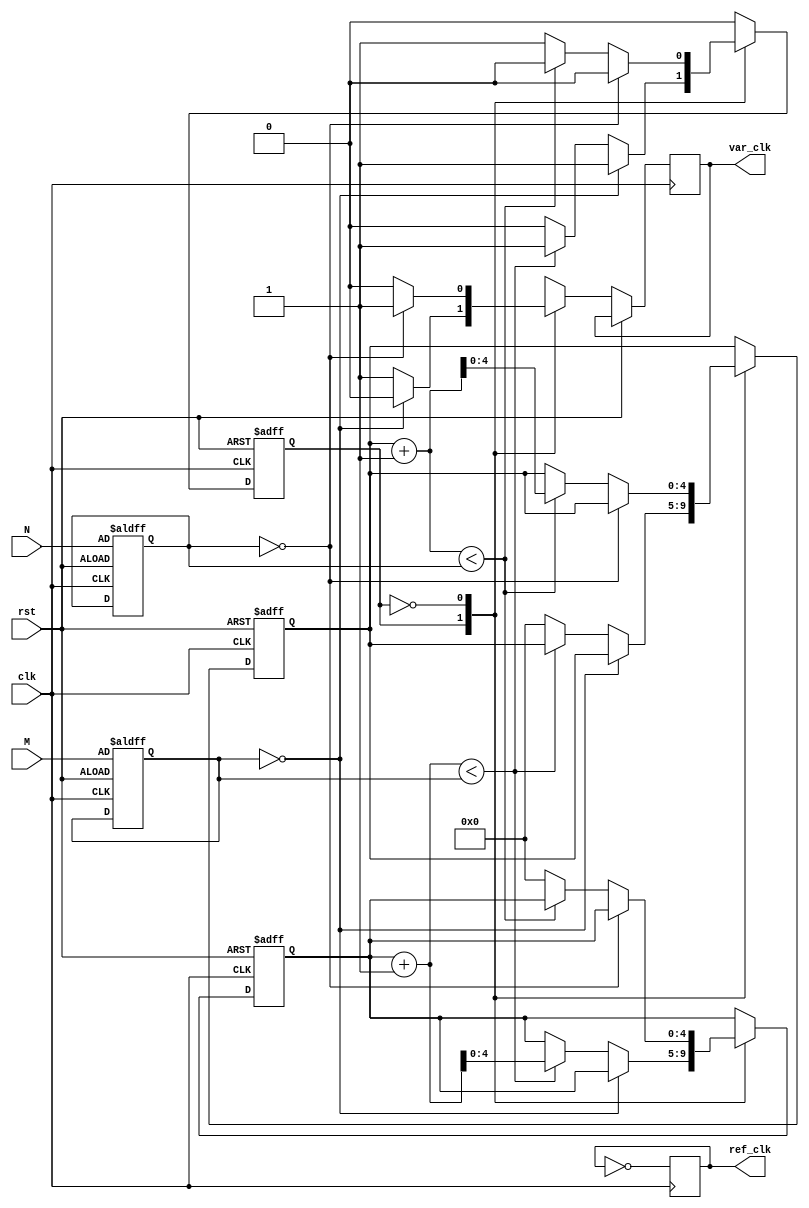
module assignment33(M,N,clk,rst,var_clk,ref_clk);
input [3:0]M;
input [3:0]N;
input clk;
input rst;
output reg var_clk;
output reg ref_clk='d0;

reg [3:0]tempM;
reg [3:0]tempN;
reg [4:0]counton='d0;
reg [4:0]countoff='d0;

reg state;
parameter ON='d1 ,OFF='d0 ;


always@(posedge clk or posedge rst)
begin
	if(rst) begin state<=ON; counton<='d0; countoff<='d0; tempM<=M; tempN<=N; end
	else	begin
			case(state)
					ON:	begin var_clk<=1'b1;
						if(tempM==0) var_clk<=0;
						else
						begin
									if((counton+1)<tempM) begin	counton<=counton+1;	state<=ON;	end
									else	begin	countoff<='d0;	state<=OFF;	end
							$display("state=%d,tempM=%d ,M=%d ,tempN=%d ,N=%d ,counton=%d ",state,tempM,M,tempN,N,counton);
							end
						end

					OFF:	begin var_clk<=1'b0;
						if(tempN==0) var_clk<=1;
						else
						begin
									if((countoff+1)<tempN)	begin	countoff<=countoff+1;	state<=OFF;	end
									else	begin	counton<='d0;	state<=ON;	end
							$display("state=%d ,tempM=%d ,M=%d ,tempN=%d ,N=%d ,countoff=%d ",state,tempM,M,tempN,N,countoff);
							end
						end
					default: begin state<=ON; counton<='d0; countoff<='d0; end
			endcase
	end
end

always@(posedge clk)
begin
ref_clk =~ ref_clk;
end

endmodule